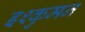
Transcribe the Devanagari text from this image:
इश्कुमन